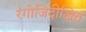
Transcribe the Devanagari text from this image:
रंगोजिदीक्षित